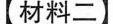
【材料二】